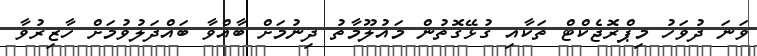
ވަނަ ދުވަހު މިޕްރޮޖެކްޓް ތަކާއި ގުޅޭގޮތުން މައުލޫމާތު ދިނުމަށް ބާއްވާ ބައްދަލުވުމަށް ހާޒިރުވާ